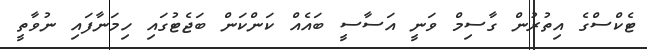
ޓެކްސްގެ އިތުރުން ގާސިމް ވަނީ އަސާސީ ބައެއް ކަންކަން ބަޖެޓުގައި ހިމަނާފައި ނުވާތީ